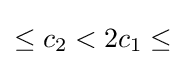
\leq c_{2}<2c_{1}\leq